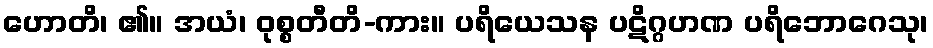
ဟောတိ၊ ၏။ အယံ၊ ဝုစ္စတီတိ-ကား။ ပရိယေသန ပဋိဂ္ဂဟဏ ပရိဘောဂေသု၊